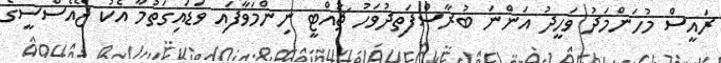
ރައީސް މުހަންމަދު ވަހީދު އަންނަ ބުރާސްފަތިދުވަހު ޗުއްޓީ ނިންމަވާފައި ވަޑައިގަތުމާ އެކު ޖޭއެސްސީގެ